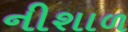
નીશાળ